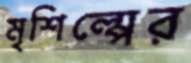
মৃশিল্পের